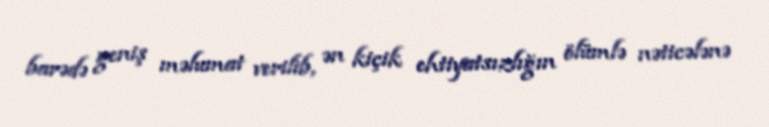
barədə geniş məlumat verilib, ən kiçik ehtiyatsızlığın ölümlə nəticələnə